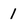
Character: 1